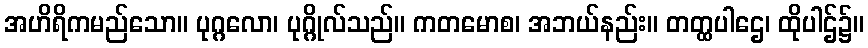
အဟိရိကမည်သော။ ပုဂ္ဂလော၊ ပုဂ္ဂိုလ်သည်။ ကတမောစ၊ အဘယ်နည်း။ တတ္ထပါဌေ၊ ထိုပါဌ်၌။